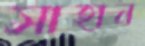
সাহান